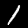
Digit: 1